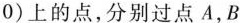
0 )$$上的点，分别过点A，B